Annual administration report of the Civil Veterinary Department of India - 1897-1898
Year: 1897
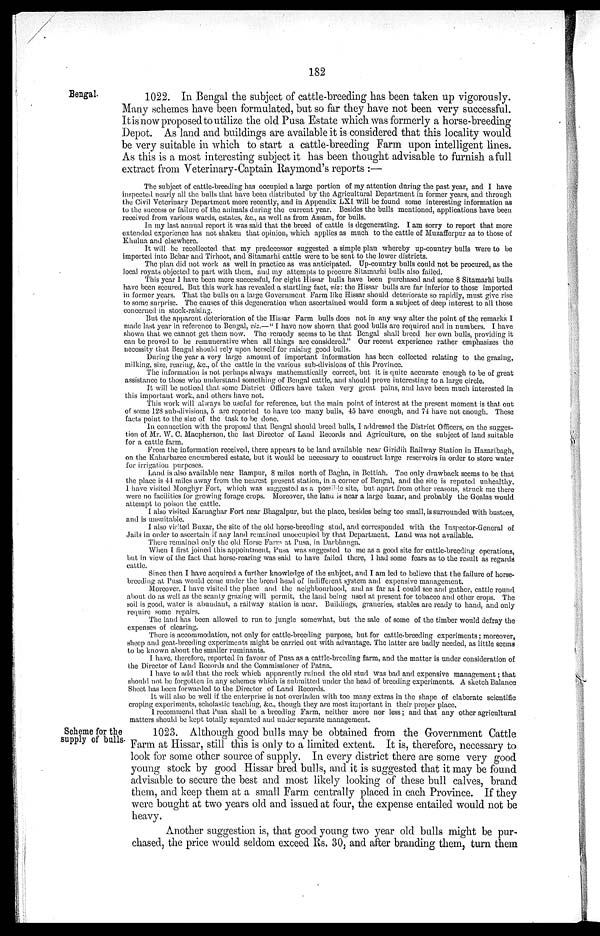
182
Bengal.
1022. In Bengal the subject of cattle-breeding has been taken up vigorously.
Many schemes have been formulated, but so far they have not been very successful.
It is now proposed to utilize the old Pusa Estate which was formerly a horse-breeding
Depot. As land and buildings are available it is considered that this locality would
be very suitable in which to start a cattle-breeding Farm upon intelligent lines.
As this is a most interesting subject it has been thought advisable to furnish a full
extract from Veterinary-Captain Raymond's reports:—
The subject of cattle-breeding has occupied a large portion of my attention during the past year, and I have
inspected nearly all the bulls that have been distributed by the Agricultural Department in former years, and through
the Civil Veterinary Department more recently, and in Appendix LXI will be found some interesting information as
to the success or failure of the animals during the current year. Besides the bulls mentioned, applications have been
received from various wards, estates, &c., as well as from Assam, for bulls.
In my last annual report it was said that the breed of cattle is degenerating. I am sorry to report that more
extended experience has not shaken that opinion, which applies as much to the cattle of Muzafferpur as to those of
Khulna and elsewhere.
It will be recollected that my predecessor suggested a simple plan whereby up-country bulls were to be
imported into Behar and Tirhoot, and Sitamarhi cattle were to be sent to the lower districts.
The plan did not work as well in practice as was anticipated. Up-country bulls could not be procured, as the
local royats objected to part with them, and my attempts to procure Sitamarhi bulls also failed.
This year 1 have been more successful, for eight Hissar bulls have been purchased and some 8 Sitamarhi bulls
have been secured. But this work has revealed a startling fact, viz: the Hissar bulls are far inferior to those imported
in former years. That the bulls on a large Government Farm like Hissar should deteriorate so rapidly, must give rise
to some surprise. The causes of this degeneration when ascertained would form a subject of deep interest to all those
concerned in stock-raising.
But the apparent deterioration of the Hissar Farm bulls does not in any way alter the point of the remarks I
made last year in reference to Bengal, viz.—"I have now shown that good bulls are required and in numbers. I have
shown that we cannot get them now. The remedy seems to be that Bengal shall breed her own bulls, providing it
can be proved to be remunerative when all things are considered." Our recent experience rather emphasizes the
necessity that Bengal should rely upon herself for raising good bulls.
During the year a very large amount of important information has been collected relating to the grazing,
milking, size, rearing, &c., of the cattle in the various sub-divisions of this Province.
The information is not perhaps always mathematically correct, but it is quite accurate enough to be of great
assistance to those who understand something of Bengal cattle, and should prove interesting to a large circle.
It will be noticed that some District Officers have taken very great pains, and have been much interested in
this important work, and others have not.
This work will always be useful for reference, but the main point of interest at the present moment is that out
of some 128 sub-divisions, 5 are reported to have too many bulls, 45 have enough, and 74 have not enough. These
facts point to the size of the task to be done.
In connection with the proposal that Bengal should breed bulls, I addressed the District Officers, on the sugges-
tion of Mr. W. C. Macpherson, the last Director of Land Records and Agriculture, on the subject of land suitable
for a cattle farm.
From the information received, there appears to be land available near Giridih Railway Station in Hazaribagh,
on the Kaharbarce encumbered estate, but it would be necessary to construct large reservoirs in order to store water
for irrigation purposes.
Land is also available near Rampur, 8 miles north of Bagha, in Bettiah. The only drawback seems to be that
the place is 44 miles away from the nearest present station, in a corner of Bengal, and the site is reputed unhealthy.
I have visited Monghyr Fort, which was suggested as a possible site, but apart from other reasons, struck me there
were no facilities for growing forage crops. Moreover, the land is near a large bazar, and probably the Goalas would
attempt to poison the cattle.
I also visited Karnaghar Fort near Bhagalpur, but the place, besides being too small, is surrounded with bustees,
and is unsuitable.
I also visited Buxar, the site of the old horse-breeding stud, and corresponded with the Inspector-General of
Jails in order to ascertain if any land remained unoccupied by that Department. Land was not available.
There remained only the old Horse Farm at Pusa, in Darbhanga.
When I first joined this appointment, Pusa was suggested to me as a good site for cattle-breeding operations,
but in view of the fact that horse-rearing was said to have failed there, I had some fears as to the result as regards
cattle.
Since then I have acquired a further knowledge of the subject, and I am led to believe that the failure of horse-
breeding at Pusa would come under the broad head of indifferent system and expensive management.
Moreover, I have visited the place and the neighbourhood, and as far as I could see and gather, cattle round
about do as well as the scanty grazing will permit, the land being used at present for tobacco and other crops. The
soil is good, water is abundant, a railway station is near. Buildings, graneries, stables are ready to hand, and only
require some repairs.
The land has been allowed to run to jungle somewhat, but the sale of some of the timber would defray the
expenses of clearing.
There is accommodation, not only for cattle-breeding purpose, but for cattle-breeding experiments; moreover,
sheep and goat-breeding experiments might be carried out with advantage. The latter are badly needed, as little seems
to be known about the smaller ruminants.
I have, therefore, reported in favour of Pusa as a cattle-breeding farm, and the matter is under consideration of
the Director of Land Records and the Commissioner of Patna.
I have to add that the rock which apparently ruined the old stud was bad and expensive management; that
should not be forgotten in any schemes which is submitted under the head of breeding experiments. A sketch Balance
Sheet has been forwarded to the Director of Land Records.
It will also be well if the enterprise is not overladen with too many extras in the shape of elaborate scientific
croping experiments, scholastic teaching, &c., though they are most important in their proper place.
I recommend that Pusa shall be a breeding Farm, neither more nor less; and that any other agricultural
matters should be kept totally separated and under separate management.
Scheme for the
supply of bulls.
1023. Although good bulls may be obtained from the Government Cattle
Farm at Hissar, still this is only to a limited extent. It is, therefore, necessary to
look for some other source of supply. In every district there are some very good
young stock by good Hissar bred bulls, and it is suggested that it may be found
advisable to secure the best and most likely looking of these bull calves, brand
them, and keep them at a small Farm centrally placed in each Province. If they
were bought at two years old and issued at four, the expense entailed would not be
heavy.
Another suggestion is, that good young two year old bulls might be pur-
chased, the price would seldom exceed Rs. 30, and after branding them, turn them